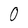
Character: 0